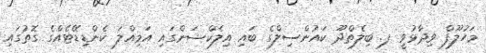
މަހުލޫފް ވިދާޅުވީ ފ. ބިލެތްދޫ ކައުންސިލްގެ ބައި އިލެކްޝަންގައި އަމިއްލަ ކެންޑިޑޭޓެއްގެ ގޮތުގައި